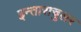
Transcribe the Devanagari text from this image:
इन्ताराचुलर